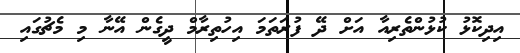
އިދިކޮޅު ކުޅުންތެރިއާ އަށް ދޭ ފުރަތަމަ އިހުތިރާމް ދީގެން އޭނާ މި މެޗުގައި